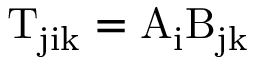
\mathrm { T _ { j i k } = A _ { i } B _ { j k } }